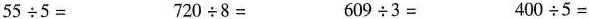
$$5 5 \div 5 =$$ $$7 2 0 \div 8 =$$ $$6 0 9 \div 3 =$$ $$4 0 0 \div 5 =$$